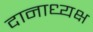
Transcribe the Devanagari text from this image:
दानाध्यक्ष